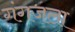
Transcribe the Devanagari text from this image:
गंगजला